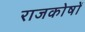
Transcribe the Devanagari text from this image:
राजकोषों